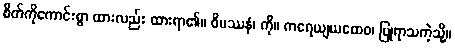
စိတ်ကိုကောင်းစွာ ထားလည်း ထားရာ၏။ ဝိပဿနံ၊ ကို။ ကရေယျယထေဝ၊ ပြုရာသကဲ့သို့။